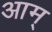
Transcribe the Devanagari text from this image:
आम्